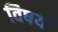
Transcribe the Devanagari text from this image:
विषयं